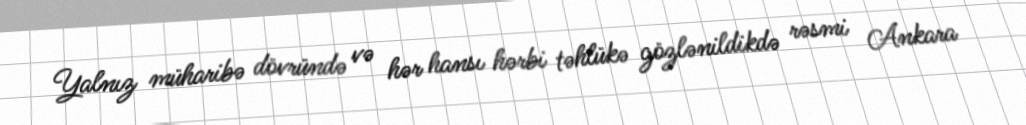
Yalnız müharibə dövründə və hər hansı hərbi təhlükə gözlənildikdə rəsmi Ankara